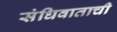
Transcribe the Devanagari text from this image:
संधिवाताची